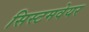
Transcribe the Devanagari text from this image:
सिस्टमवेयर